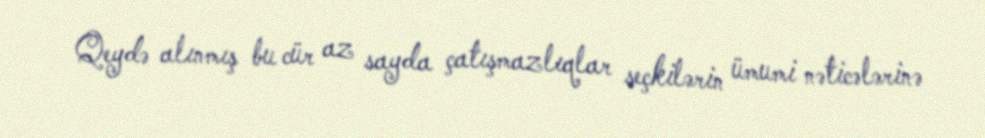
Qeydə alınmış bu cür az sayda çatışmazlıqlar seçkilərin ümumi nəticələrinə